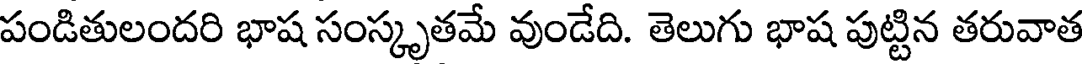
పండితులందరి భాష సంస్కృతమే వుండేది. తెలుగు భాష పుట్టిన తరువాత